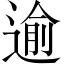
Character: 逾